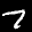
Label: 7